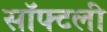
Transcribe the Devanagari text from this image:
सॉफ्टली